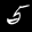
Label: 5